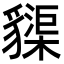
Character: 䝣